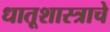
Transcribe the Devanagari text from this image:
धातूशास्त्राचे